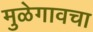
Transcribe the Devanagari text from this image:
मुळेगावचा